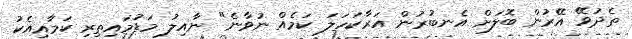
ތެދުވޭ އޭރުން ބޮލަށް އެނބުރުން އަރާކަހަލަ ކަމެއް ނުވާނެ" ނާއިލު މަޑުމައިތިރި ކަމާއިއެކު